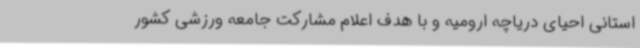
استانی احیای دریاچه ارومیه و با هدف اعلام مشارکت جامعه ورزشی کشور